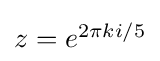
\textstyle z=e^{2\pi ki/5}